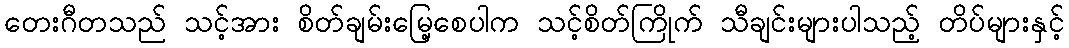
တေးဂီတသည် သင့်အား စိတ်ချမ်းမြေ့စေပါက သင့်စိတ်ကြိုက် သီချင်းများပါသည့် တိပ်များနှင့်